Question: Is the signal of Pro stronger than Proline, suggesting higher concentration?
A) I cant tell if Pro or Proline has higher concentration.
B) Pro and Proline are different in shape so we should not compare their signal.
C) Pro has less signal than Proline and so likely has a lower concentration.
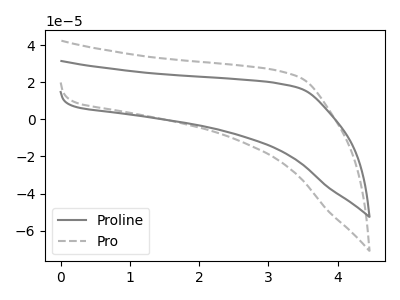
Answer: <think>The gray curve "Proline" has no peaks. The gray dashed curve "Pro" has no peaks.
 Neither "Pro" or "Proline" have any peaks.</think>
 <answer>A) I cant tell if "Pro" or "Proline" has higher concentration.</answer>
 <eval>A</eval>